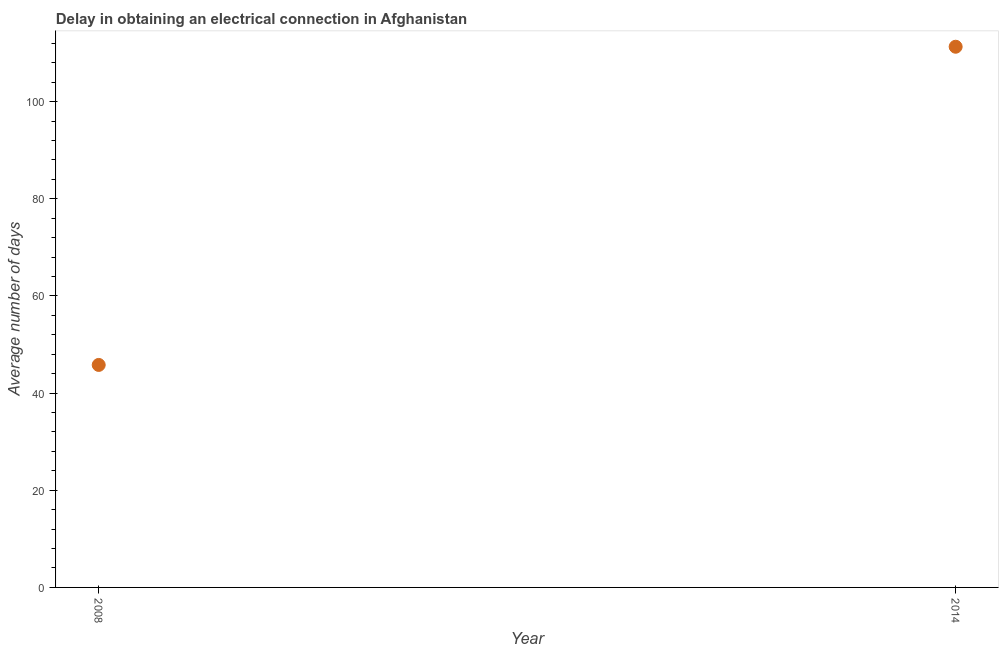
| Year | Dalay in Electrical connection |
 | --- | --- |
 | 2008 | 45.8 |
 | 2014 | 111 |